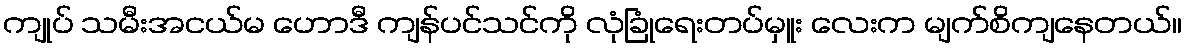
ကျုပ် သမီးအငယ်မ ဟောဒီ ကျန်ပင်သင်ကို လုံခြုံရေးတပ်မှူး လေးက မျက်စိကျနေတယ်။